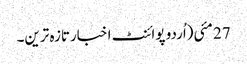
27 مئی(اُردو پوائنٹ اخبارتازہ ترین۔